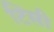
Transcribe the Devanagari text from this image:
टिंसी